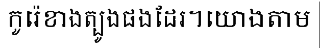
កូរ៉េខាងត្បូងផងដែរ។យោងតាម